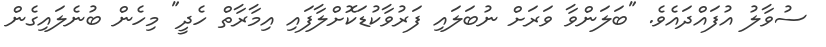
ސުވާލު އުފައްދައެވެ. "ބަަލަންވާ ވަރަށް ނުބަލައި ފަރުވާކުޑަކޮށްލާފައި އިމާރާތް ހެދީ" މިހެން ބުނެލައިގެން